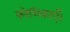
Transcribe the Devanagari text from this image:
कोशिकाएँ।